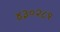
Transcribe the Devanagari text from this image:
४३०२८१